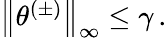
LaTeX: \begin{array}{r}{\left\lVert\theta^{(\pm)}\right\rVert_{\infty}\leq\gamma\, .}\end{array}